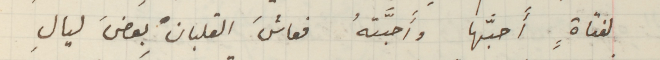
لفتاةٍ أَحبَّها وأحبَّتهُ فعاشَ القلبان بعضَ ليالِ